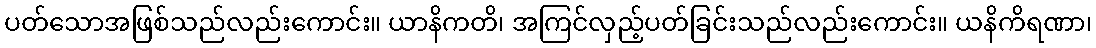
ပတ်သောအဖြစ်သည်လည်းကောင်း။ ယာနိကတိ၊ အကြင်လှည့်ပတ်ခြင်းသည်လည်းကောင်း။ ယနိကိရဏာ၊